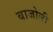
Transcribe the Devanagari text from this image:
बाजोली